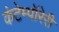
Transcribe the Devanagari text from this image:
कंटेम्पॉरेरी